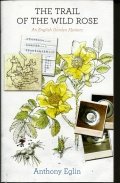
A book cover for The Trail of the Wild Rose; Anthony Eglin; Crafts, Hobbies & Home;